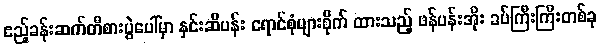
ဧည့်ခန်းဆက်တီစားပွဲပေါ်မှာ နှင်းဆီပန်း ရောင်စုံများစိုက် ထားသည့် ဖန်ပန်းအိုး ခပ်ကြီးကြီးတစ်ခု